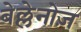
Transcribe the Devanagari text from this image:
बेल्लेनोज़